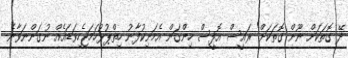
ދޭ ގޮތަކަށް ނޫން ގޮތަކަށް" ރައީސް އޮފީސް ހިންގަން އެމަނިކުފާނު ހިތްޕުޅުހަމަޖެހިވަޑައެއް ނުގަންނަވާނެ